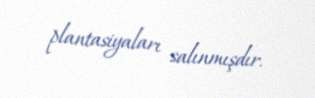
plantasiyaları salınmışdır.